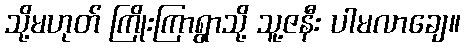
သို့မဟုတ် ကြိုးကြာရွာသို့ သူ့ဇနီး ပါမလာချေ။